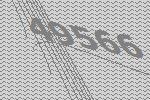
49566